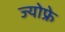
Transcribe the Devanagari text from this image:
ज्योफ्रे